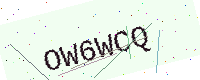
Text: OW6WCQ